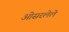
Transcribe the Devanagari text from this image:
ओसरलेले